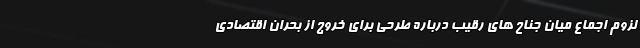
لزوم اجماع میان جناح های رقیب درباره طرحی برای خروج از بحران اقتصادی